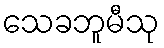
သေခဘူမီသု